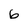
Character: 6